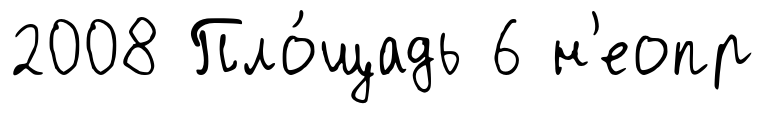
2008 Пло́щадь 6 н'еопр